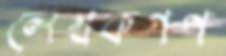
লেখকগণ